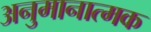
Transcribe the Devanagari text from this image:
अनुमानात्मक